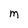
Character: M